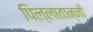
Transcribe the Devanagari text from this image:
पिल्लातान्नी